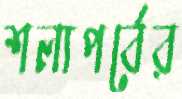
শল্যপর্বের